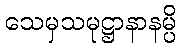
သေမှသမုဋ္ဌာနာနမ္ပိ